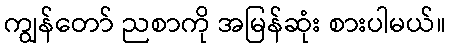
ကျွန်တော် ညစာကို အမြန်ဆုံး စားပါမယ်။